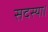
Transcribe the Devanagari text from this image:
सदस्या।